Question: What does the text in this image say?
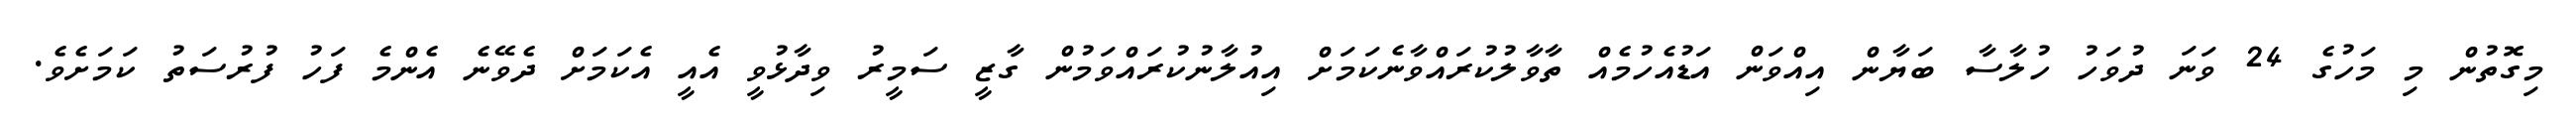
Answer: މިގޮތުން މި މަހުގެ 24 ވަނަ ދުވަހު ހުލާސާ ބަޔާން އިއްވަން އަޑުއެހުމެއް ތާވާލުކުރައްވާނެކަމަށް އިއުލާނުކުރައްވަމުން ގާޒީ ސަމީރު ވިދާޅުވީ އެއީ އެކަމަށް ދެވޭނެ އެންމެ ފަހު ފުރުސަތު ކަމަށެވެ.